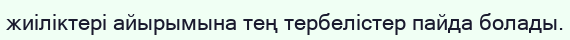
жиіліктері айырымына тең тербелістер пайда болады.